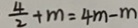
\frac { 4 } { 2 } + m = 4 m - m